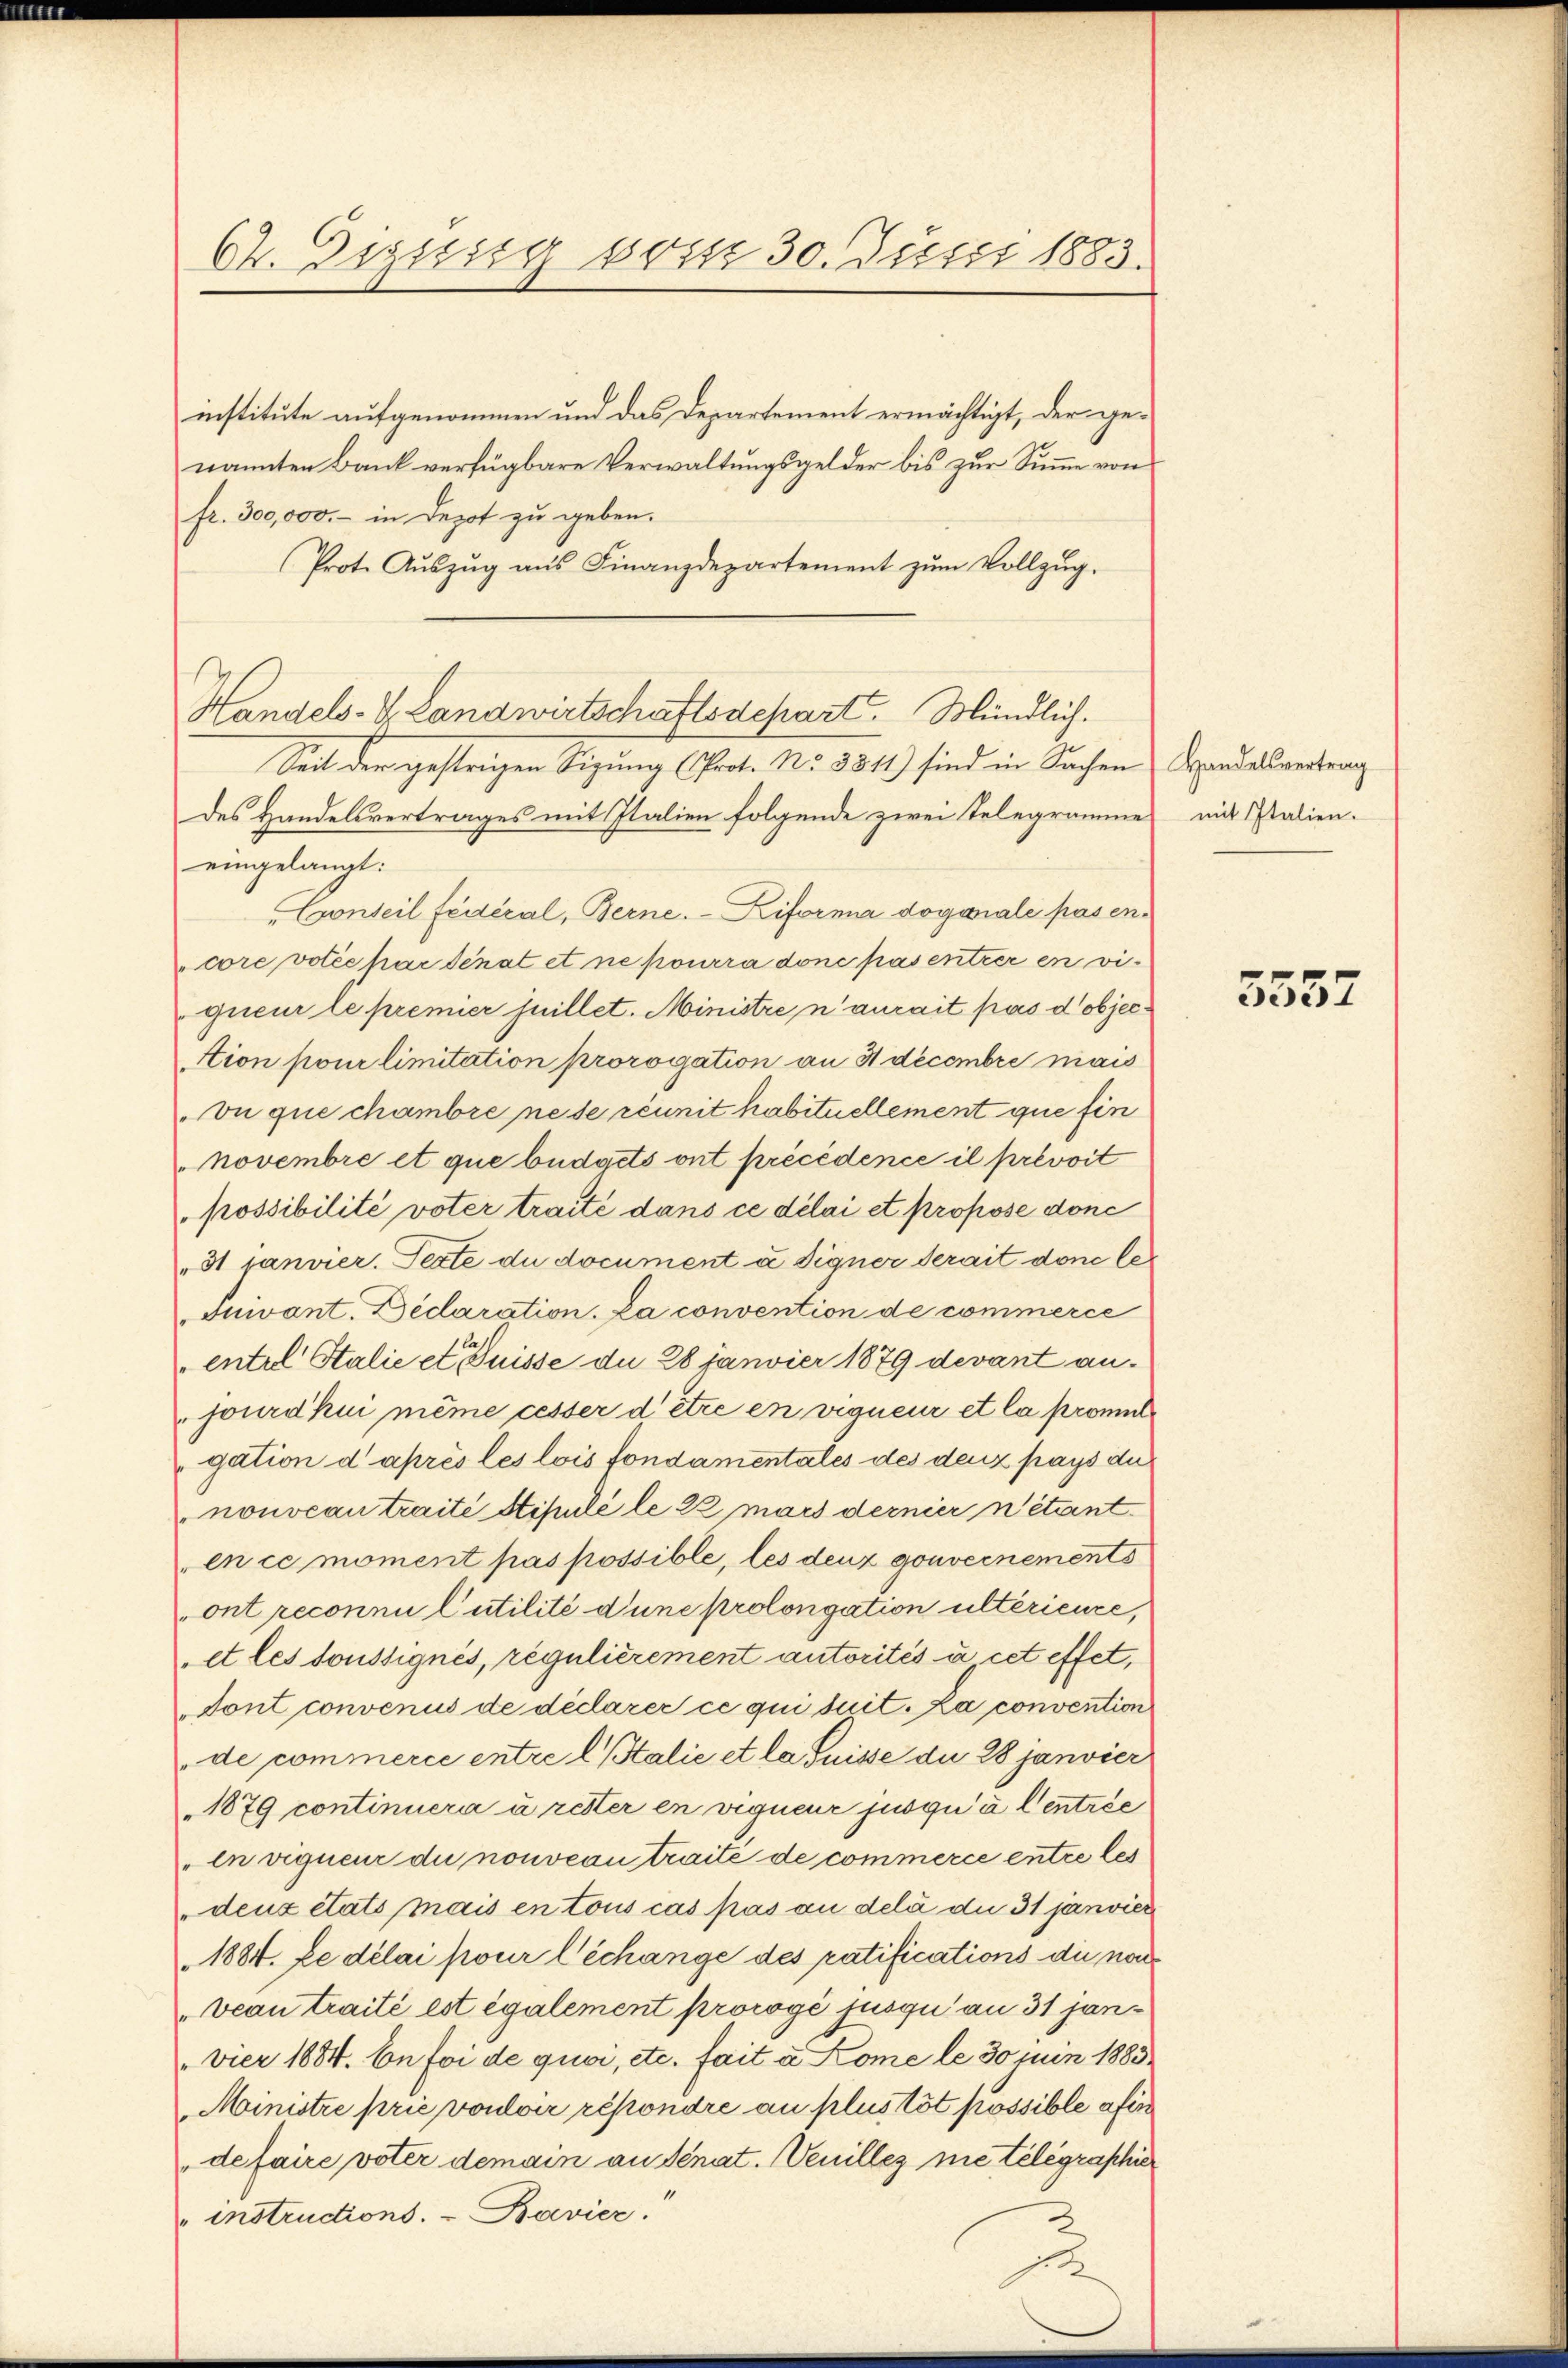
Ch. Digssig vom 30. Juni 1883.

institute aufgenommen und das Departement ermächtigt, der ge-
nannten Bank verfügbare Verwaltungsgelder bis zur Summe von
fr. 300,000.- in Depot zu geben.
Prot. Aŭszŭg aŭs Finanzdepartement zŭm Vollzŭg.
Seit der gestrigen Sizung (Prot. No. 3311) sind in Sachen Handesvertrag
des Handelsvertrages mit Italien folgende zwei Telegrammes mit Italien-
eingelangt:
"Gonseil fédéral, Berne. - Kiforma dogaale pas encore votée par Senat et ne pourra done pas entieren vi
gueur le premier Juillet. Ministre n’aurait pas d objecstion pour limitation prorogation an 4 decembre mais
vu que chambre ne se réunit habituellement que fin
Novembre et que büdgets ont précédence il prevoit
possibilité voter traité dans ce délai et propose donc
31 janvier. Texte du document a Signer derait done le
Juivant. Decaration. La convention de commerce
entel Stalie et Puisse du 28 Janvier 1879 devant anjourdkui même cesser d’être en vigneur et la promit
gation d après les lois fondamentales des denz pays du
nouveau traité stipulé le 22 mars dernier n’étant
en ce moment pas possible, les deuz gouvernements
ont reconnu l’utilité d’une prolongation ultérieure,
et les toussignés, regulièrement autorités à cet effet,
sont convenus de déclarer ce qui suit. La convention
de commerce entre l Stalie et la Suisse du 28 janvier
1879 continuera à retter en vigneur jusqu’à Centrée
" in vigueur du nouveau traite de commerce entre les
deux états mais en tous cas pas an delà due 31 janvier
1884. Le délai pour l’échange des ratifications die non
"veau traité est également prorogé jusqu' an 31 janvier 1884. Ce foi de quoi, etc. fait a Kome le 30 Juin 1883
Ministre prić vouloir répondre au plus tôt possible afin
de faire voter demain an Schat. Venillez ne telegraphier
instructions. - Bavier.
set

Handels-S. Landwirtschaftsdepart. Mündlich.

5552